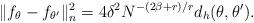
LaTeX: \begin{align*}\|f_\theta-f_{\theta'}\|_n^2=4\delta^2N^{-(2\beta+r)/r}d_{h}(\theta,\theta').\end{align*}